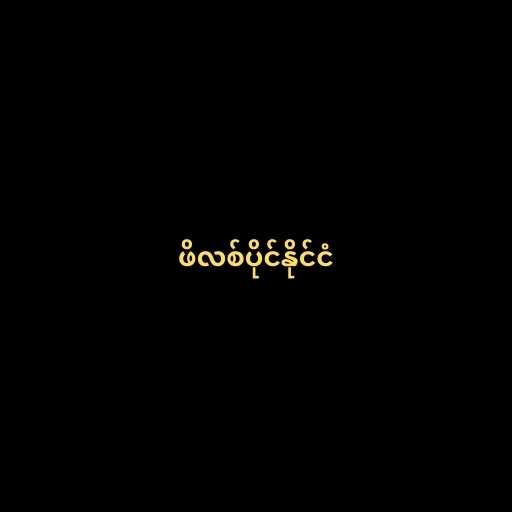
ဖိလစ်ပိုင်နိုင်ငံ